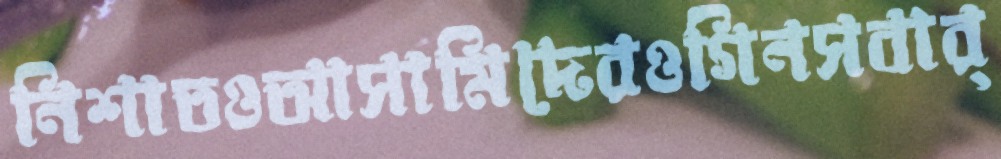
নিশাতওআসামিদেরওগিনসবার্